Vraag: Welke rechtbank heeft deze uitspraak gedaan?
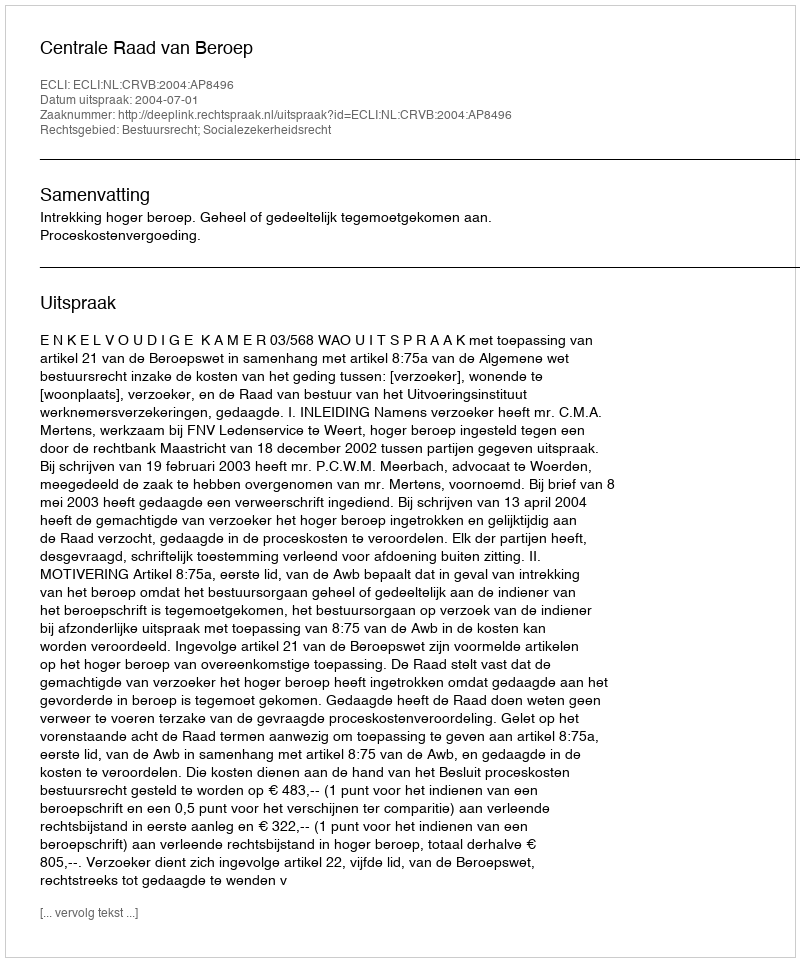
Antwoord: Centrale Raad van Beroep